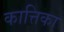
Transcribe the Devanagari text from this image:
कात्तिका